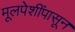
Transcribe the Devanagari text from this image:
मूलपेशींपासून